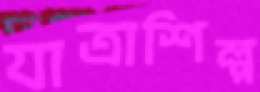
যাত্রাশিল্প